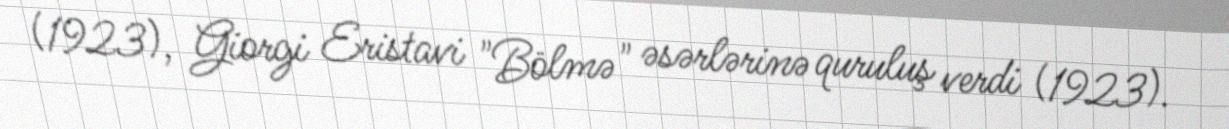
(1923), Giorgi Eristavi "Bölmə" əsərlərinə quruluş verdi (1923).